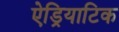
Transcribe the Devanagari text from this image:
ऐड्रियाटिक